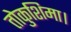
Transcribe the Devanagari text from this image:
तोकुशिमा।